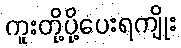
ကူးတို့ပို့ပေးရကျိုး